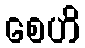
စေဟိ